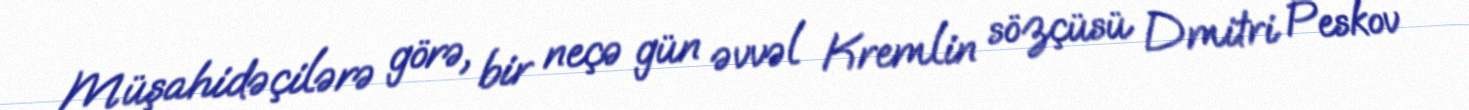
Müşahidəçilərə görə, bir neçə gün əvvəl Kremlin sözçüsü Dmitri Peskov